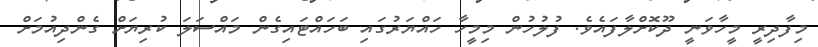
މިފާދިރީ މީހާވަނީ ދޫކޮށްލާފައެވެ. ފުލުހުން މިމީހާ ހައްޔަރުގައި ބަހައްޓައިގެން މައްސަލަ ކުރިޔަށް ގެންދިއުމަށް